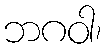
ဘဂဝါ၊